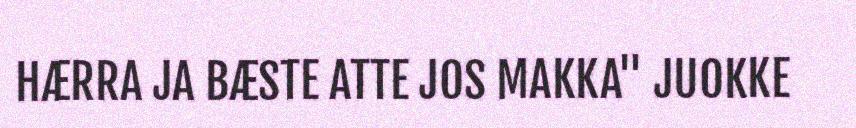
HÆRRA JA BÆSTE ATTE JOS MAKKA" JUOKKE